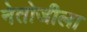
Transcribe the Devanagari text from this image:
नेतोजीला